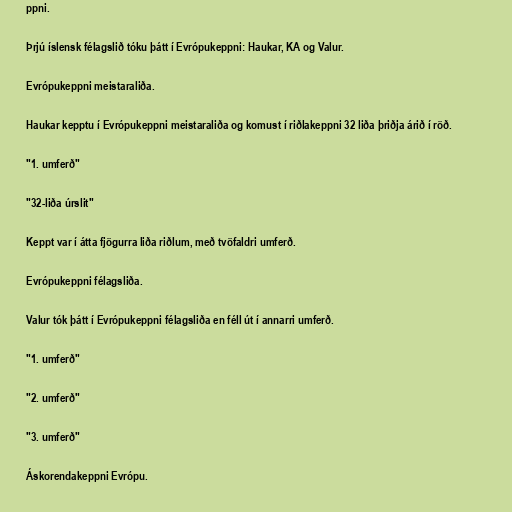
ppni.

Þrjú íslensk félagslið tóku þátt í Evrópukeppni: Haukar, KA og Valur.

Evrópukeppni meistaraliða.

Haukar kepptu í Evrópukeppni meistaraliða og komust í riðlakeppni 32 liða þriðja árið í röð.

"1. umferð"

"32-liða úrslit"

Keppt var í átta fjögurra liða riðlum, með tvöfaldri umferð.

Evrópukeppni félagsliða.

Valur tók þátt í Evrópukeppni félagsliða en féll út í annarri umferð.

"1. umferð"

"2. umferð"

"3. umferð"

Áskorendakeppni Evrópu.